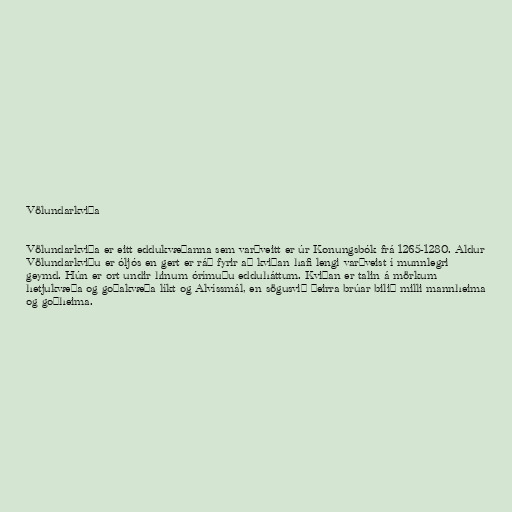
Völundarkviða

Völundarkviða er eitt eddukvæðanna sem varðveitt er úr Konungsbók frá 1265-1280. Aldur
Völundarkviðu er óǉós en gert er ráð fyrir að kviðan haﬁ lengi varðveist í munnlegri
geymd. Hún er ort undir hinum órímuðu edduháttum. Kviðan er talin á mörkum
hetjukvæða og goðakvæða líkt og Alvíssmál, en sögusvið þeirra brúar bilið milli mannheima
og goðheima.